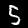
Digit: 5